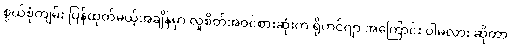
စွယ်စုံကျမ်း ပြန်ထုတ်မယ့်အချိန်မှာ လူစိတ်အဝင်စားဆုံးက ရိုဟင်ဂျာ အကြောင်း ပါမလား ဆိုတာ